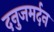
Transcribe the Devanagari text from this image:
दनुजमर्दन